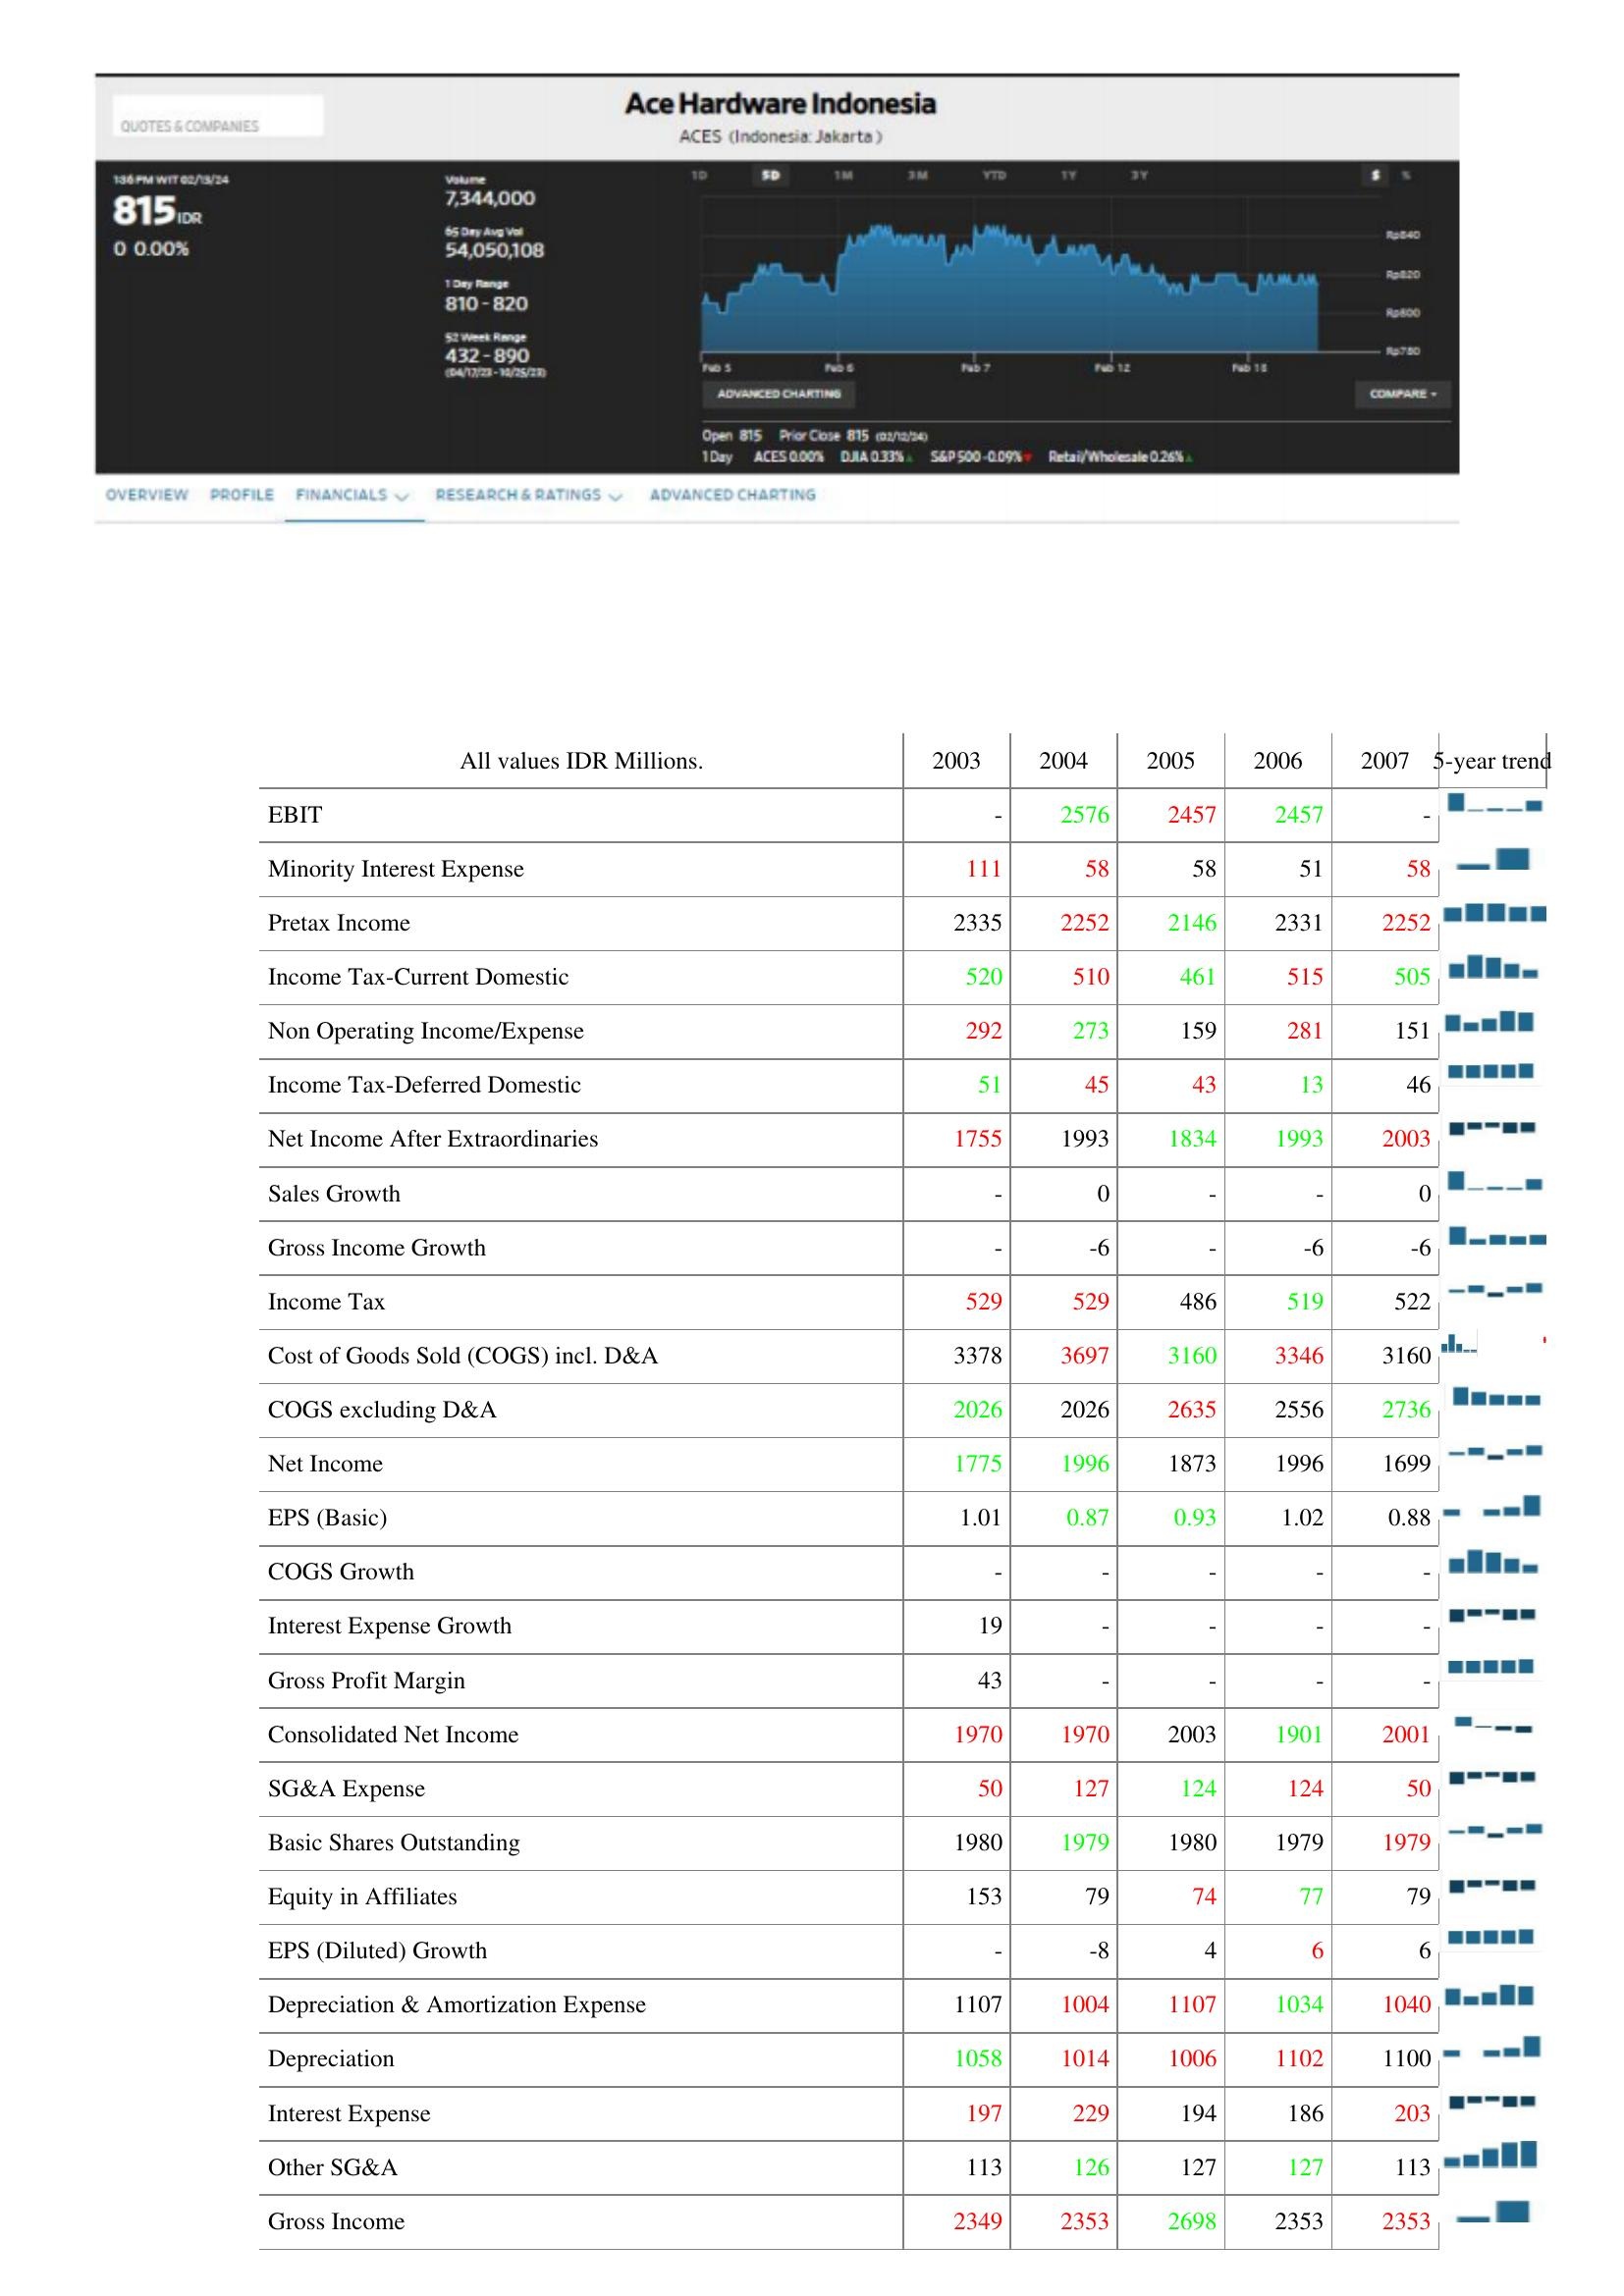
2003: : EBIT: -
Minority Interest Expense: 111
Pretax Income: 2335
Income Tax-Current Domestic: 520
Non Operating Income/Expense: 292
Income Tax-Deferred Domestic: 51
Net Income After Extraordinaries: 1755
Sales Growth: -
Gross Income Growth: -
Income Tax: 529
Cost of Goods Sold (COGS) incl. D&A: 3378
COGS excluding D&A: 2026
Net Income: 1775
EPS (Basic): 1.01
COGS Growth: -
Interest Expense Growth: 19
Gross Profit Margin: 43
Consolidated Net Income: 1970
SG&A Expense: 50
Basic Shares Outstanding: 1980
Equity in Affiliates: 153
EPS (Diluted) Growth: -
Depreciation & Amortization Expense: 1107
Depreciation: 1058
Interest Expense: 197
Other SG&A: 113
Gross Income: 2349
2004: : EBIT: 2576
Minority Interest Expense: 58
Pretax Income: 2252
Income Tax-Current Domestic: 510
Non Operating Income/Expense: 273
Income Tax-Deferred Domestic: 45
Net Income After Extraordinaries: 1993
Sales Growth: 0
Gross Income Growth: -6
Income Tax: 529
Cost of Goods Sold (COGS) incl. D&A: 3697
COGS excluding D&A: 2026
Net Income: 1996
EPS (Basic): 0.87
COGS Growth: -
Interest Expense Growth: -
Gross Profit Margin: -
Consolidated Net Income: 1970
SG&A Expense: 127
Basic Shares Outstanding: 1979
Equity in Affiliates: 79
EPS (Diluted) Growth: -8
Depreciation & Amortization Expense: 1004
Depreciation: 1014
Interest Expense: 229
Other SG&A: 126
Gross Income: 2353
2005: : EBIT: 2457
Minority Interest Expense: 58
Pretax Income: 2146
Income Tax-Current Domestic: 461
Non Operating Income/Expense: 159
Income Tax-Deferred Domestic: 43
Net Income After Extraordinaries: 1834
Sales Growth: -
Gross Income Growth: -
Income Tax: 486
Cost of Goods Sold (COGS) incl. D&A: 3160
COGS excluding D&A: 2635
Net Income: 1873
EPS (Basic): 0.93
COGS Growth: -
Interest Expense Growth: -
Gross Profit Margin: -
Consolidated Net Income: 2003
SG&A Expense: 124
Basic Shares Outstanding: 1980
Equity in Affiliates: 74
EPS (Diluted) Growth: 4
Depreciation & Amortization Expense: 1107
Depreciation: 1006
Interest Expense: 194
Other SG&A: 127
Gross Income: 2698
2006: : EBIT: 2457
Minority Interest Expense: 51
Pretax Income: 2331
Income Tax-Current Domestic: 515
Non Operating Income/Expense: 281
Income Tax-Deferred Domestic: 13
Net Income After Extraordinaries: 1993
Sales Growth: -
Gross Income Growth: -6
Income Tax: 519
Cost of Goods Sold (COGS) incl. D&A: 3346
COGS excluding D&A: 2556
Net Income: 1996
EPS (Basic): 1.02
COGS Growth: -
Interest Expense Growth: -
Gross Profit Margin: -
Consolidated Net Income: 1901
SG&A Expense: 124
Basic Shares Outstanding: 1979
Equity in Affiliates: 77
EPS (Diluted) Growth: 6
Depreciation & Amortization Expense: 1034
Depreciation: 1102
Interest Expense: 186
Other SG&A: 127
Gross Income: 2353
2007: : EBIT: -
Minority Interest Expense: 58
Pretax Income: 2252
Income Tax-Current Domestic: 505
Non Operating Income/Expense: 151
Income Tax-Deferred Domestic: 46
Net Income After Extraordinaries: 2003
Sales Growth: 0
Gross Income Growth: -6
Income Tax: 522
Cost of Goods Sold (COGS) incl. D&A: 3160
COGS excluding D&A: 2736
Net Income: 1699
EPS (Basic): 0.88
COGS Growth: -
Interest Expense Growth: -
Gross Profit Margin: -
Consolidated Net Income: 2001
SG&A Expense: 50
Basic Shares Outstanding: 1979
Equity in Affiliates: 79
EPS (Diluted) Growth: 6
Depreciation & Amortization Expense: 1040
Depreciation: 1100
Interest Expense: 203
Other SG&A: 113
Gross Income: 2353